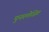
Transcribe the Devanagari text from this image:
पुनरुत्तेजित